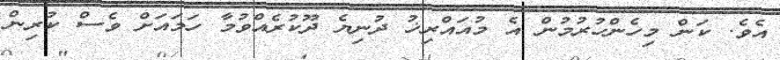
އެވެ. ކަން މިހެންހުރުމުން އެ މުއައްރިޚު ދުނިޔެ ދޫކުރެއްވުމާ ހަމައަށް ވެސް ކުރިން